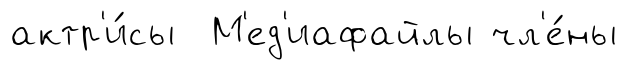
актр'и́сы М'ед'иафайлы чл'е́ны